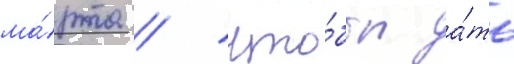
ма́рта / что́бы да́ть